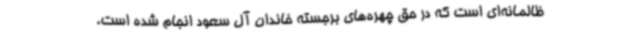
ظالمانه‌ای است که در حق چهره‌های برجسته خاندان آل سعود انجام شده است.